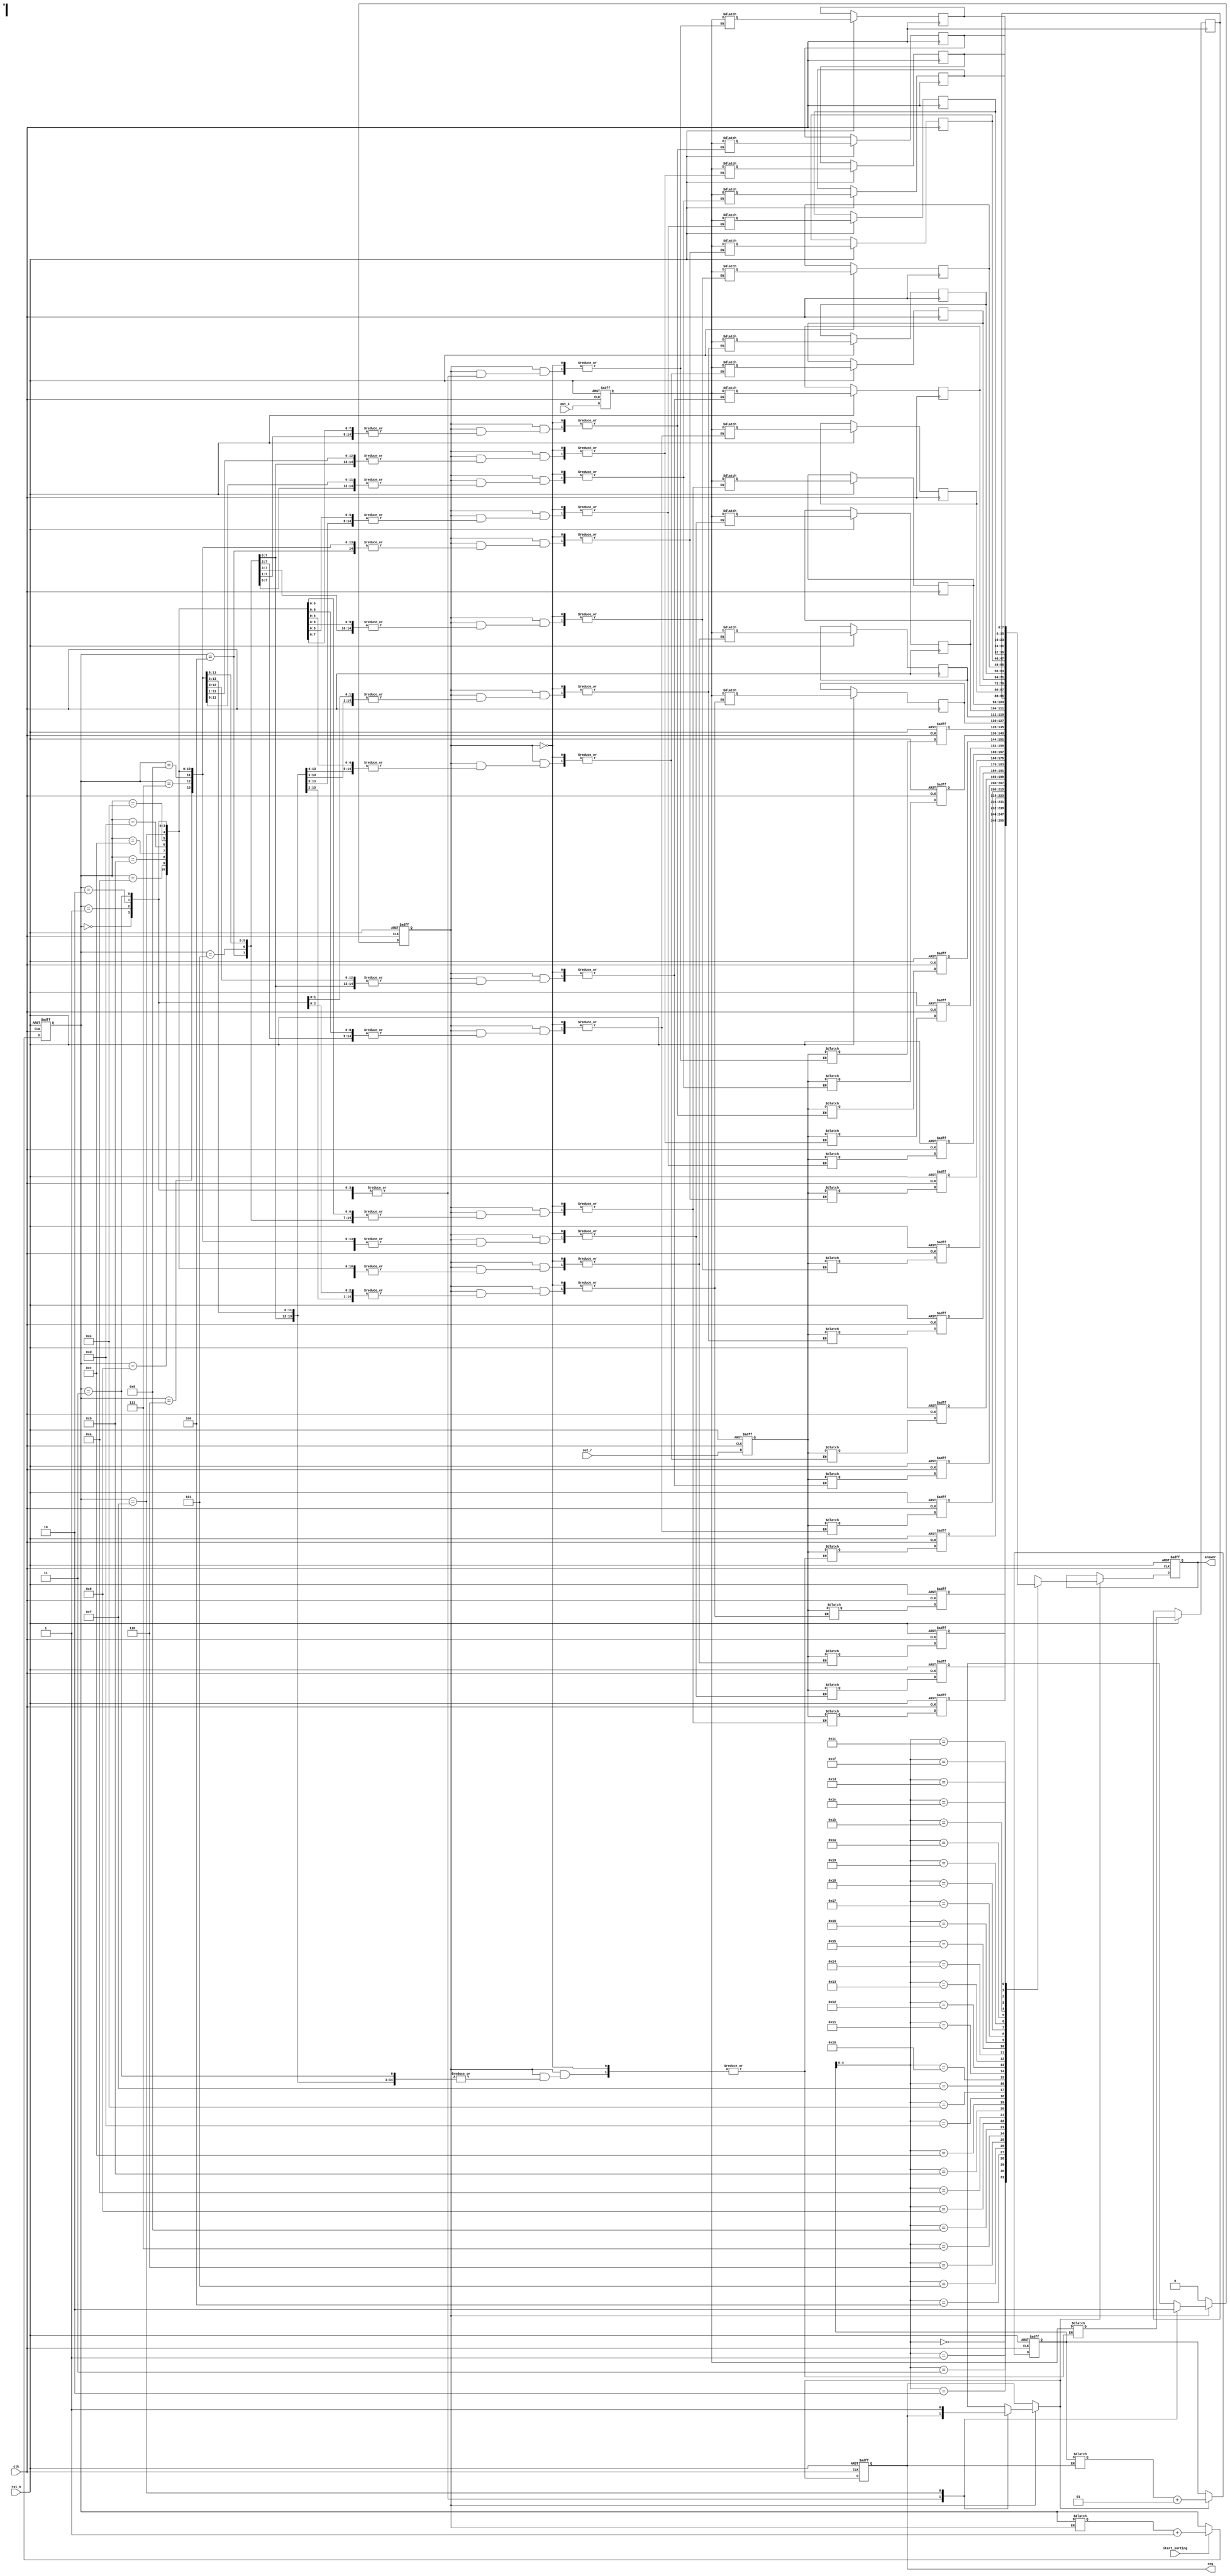
module SORTING(
    clk,
    rst_n,
    start_sorting,
    out_r,
    out_i,
    answer,
    seq
);

/*
*****************************
*    [0] output ->  [0]     * 
*    [1] output ->  [8]     *
*    [2] output ->  [4]     *
*    [3] output ->  [12]    *                                              
*    [4] output ->  [2]     *
*    [5] output ->  [10]    *
*    [6] output ->  [6]     *
*    [7] output ->  [14]    *
*    [8] output ->  [1]     *
*    [9] output ->  [9]     *
*    [10] output ->  [5]    *
*    [11] output ->  [13]   *
*    [12] output ->  [3]    *
*    [13] output ->  [11]   *                                              
*    [14] output ->  [7]    *
*    [15] output ->  [15]   *
*****************************
*/

integer               i, j, next_j;
input                 clk, rst_n, start_sorting;                  
reg                   sort, next_sort, finish, n_seq;
reg            [3:0]  count, next_count;
input  signed  [7:0] out_r;
input  signed  [7:0] out_i;
output reg signed  [7:0] answer;
output reg            seq;
reg    signed  [7:0] result[0:31];
reg    signed  [7:0] prev_out_r;
reg    signed  [7:0] prev_out_i;
reg    signed  [7:0] next_result_r[0:15];
reg    signed  [7:0] next_result_i[0:15];



always@(*) begin
    next_sort = sort;
    n_seq = seq;
    if(seq) begin
        next_j = j;
    end
    if(next_sort) begin
        next_count = count;
        case(next_count)
            4'd0 : begin
                next_result_r[0] = prev_out_r;
                next_result_i[0] = prev_out_i;
            end
            4'd1 : begin
                next_result_r[8] = prev_out_r;
                next_result_i[8] = prev_out_i;
            end
            4'd2 : begin
                next_result_r[4] = prev_out_r;
                next_result_i[4] = prev_out_i;
            end
            4'd3 : begin
                next_result_r[12] = prev_out_r;
                next_result_i[12] = prev_out_i;
            end
            4'd4 : begin
                next_result_r[2] = prev_out_r;
                next_result_i[2] = prev_out_i;
            end
            4'd5 : begin
                next_result_r[10] = prev_out_r;
                next_result_i[10] = prev_out_i;
            end
            4'd6 : begin
                next_result_r[6] = prev_out_r;
                next_result_i[6] = prev_out_i;
            end
            4'd7 : begin
                next_result_r[14] = prev_out_r;
                next_result_i[14] = prev_out_i;
            end
            4'd8 : begin
                next_result_r[1] = prev_out_r;
                next_result_i[1] = prev_out_i;
            end
            4'd9 : begin
                next_result_r[9] = prev_out_r;
                next_result_i[9] = prev_out_i;
            end
            4'd10 : begin
                next_result_r[5] = prev_out_r;
                next_result_i[5] = prev_out_i;
            end
            4'd11 : begin
                next_result_r[13] = prev_out_r;
                next_result_i[13] = prev_out_i;
            end
            4'd12 : begin
                next_result_r[3] = prev_out_r;
                next_result_i[3] = prev_out_i;
            end
            4'd13 : begin
                next_result_r[11] = prev_out_r;
                next_result_i[11] = prev_out_i;
            end
            4'd14 : begin
                next_result_r[7] = prev_out_r;
                next_result_i[7] = prev_out_i;
            end
            4'd15 : begin
                next_result_r[15] = prev_out_r;
                next_result_i[15] = prev_out_i;
                next_sort = 0;
                n_seq = 1'b1;
            end
        endcase
    end
end

always@(posedge clk or negedge rst_n) begin
    if(!rst_n)begin
        prev_out_r <= 0;
        prev_out_i <= 0;
        for (i = 0; i < 16; i = i+1) begin
            result[i] <= 0;
        end
        sort <= 0;
        j <= 0;
        answer <= 0;
        count <= 0;
        seq <= 0;
    end
    else begin
        prev_out_r <= out_r;
        prev_out_i <= out_i;
        seq <= n_seq;
        for (i = 0; i < 16; i = i+1) begin
            result[i] <= next_result_r[i];
            result[i+16] <= next_result_i[i];
        end
        sort <= next_sort;
        if(n_seq) begin
            answer <= result[j];
            j <= next_j + 1;
        end
        if(start_sorting)count <= next_count + 1;
    end
end

endmodule